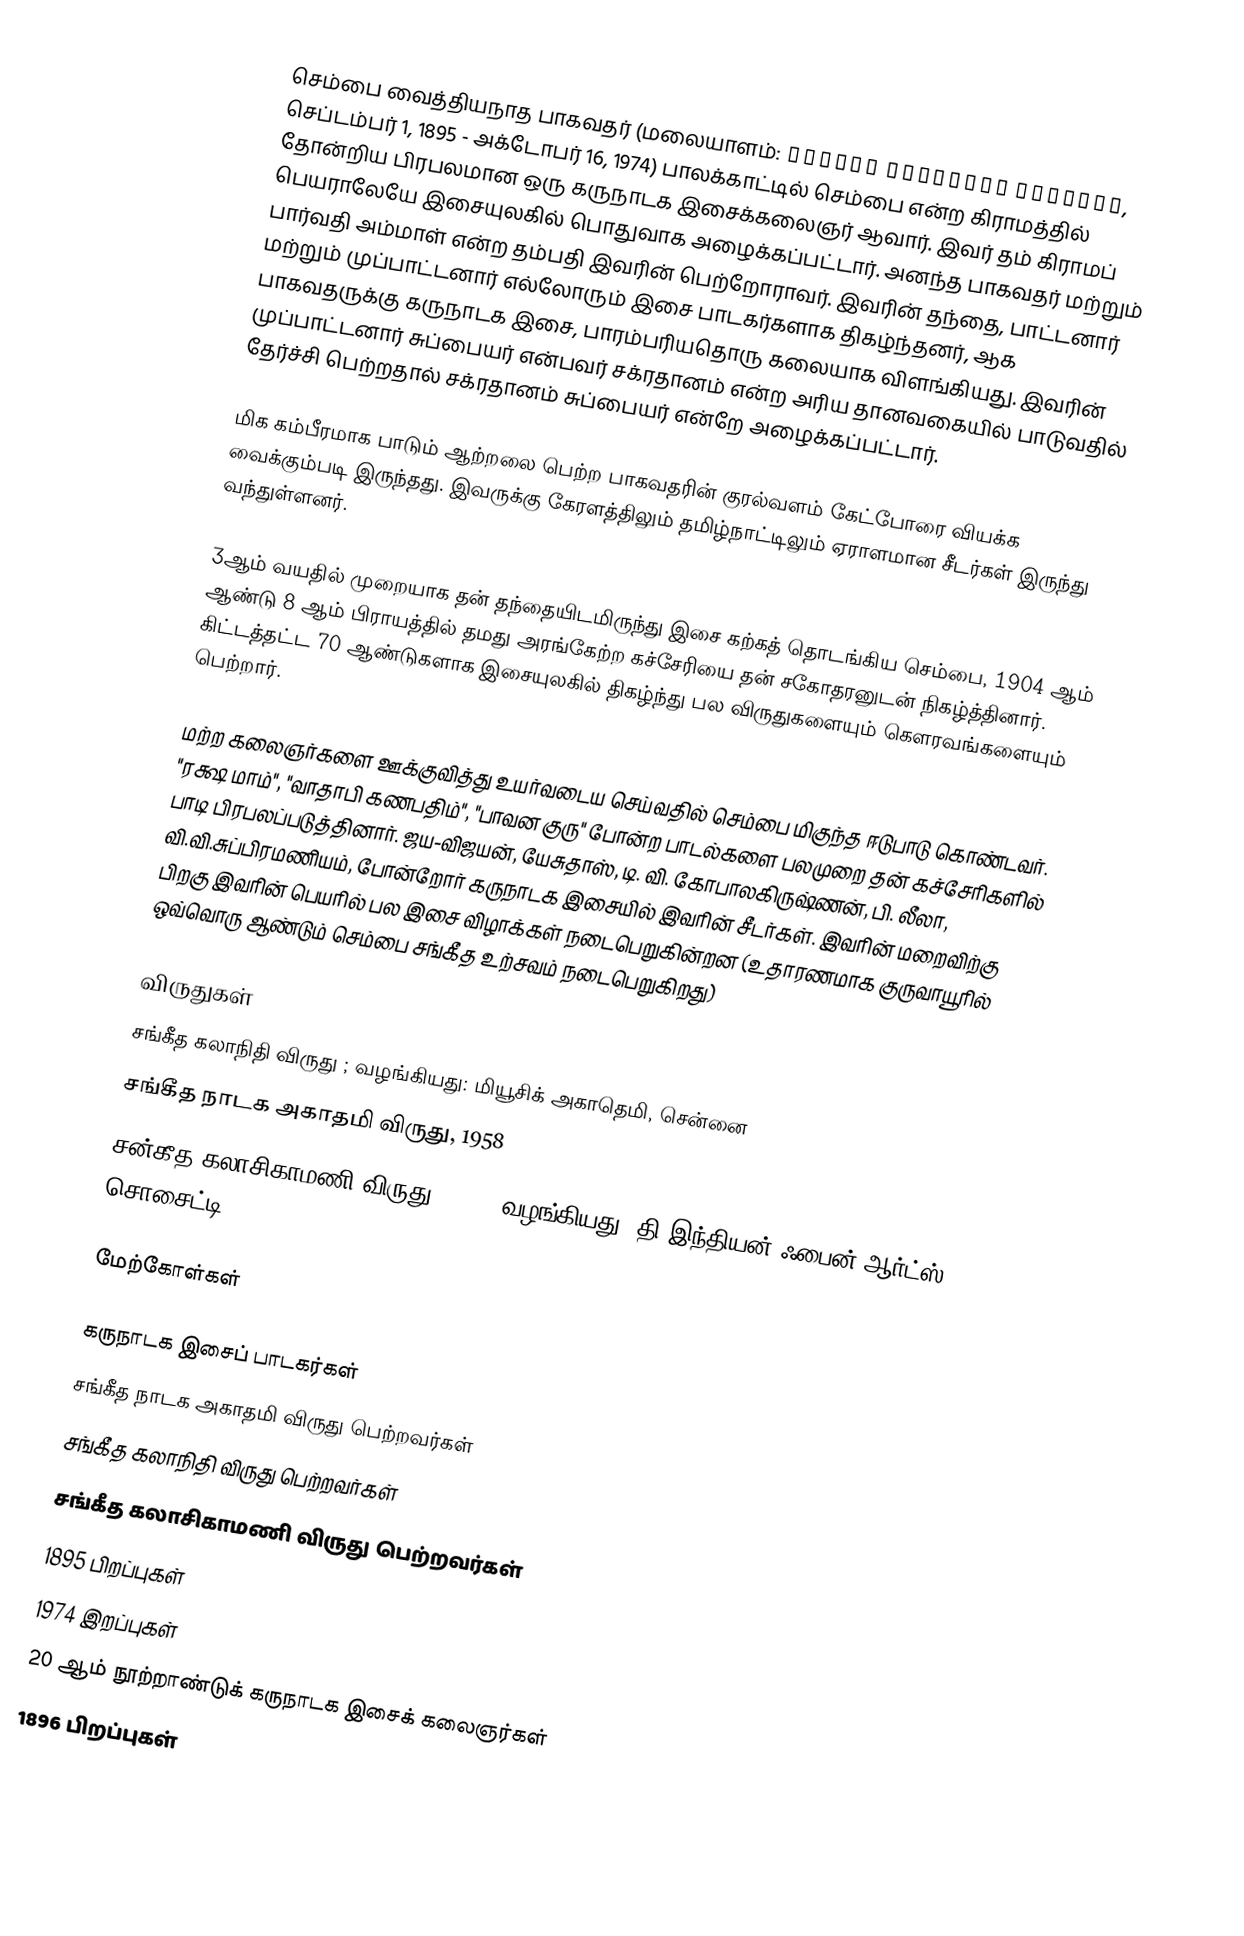
செம்பை வைத்தியநாத பாகவதர் (மலையாளம்: ചെമ്പൈ വൈദ്യനാഥ ഭാഗവതര്, செப்டம்பர் 1, 1895 - அக்டோபர் 16, 1974) பாலக்காட்டில் செம்பை என்ற கிராமத்தில் தோன்றிய பிரபலமான ஒரு கருநாடக இசைக்கலைஞர் ஆவார். இவர் தம் கிராமப் பெயராலேயே இசையுலகில் பொதுவாக அழைக்கப்பட்டார். அனந்த பாகவதர் மற்றும் பார்வதி அம்மாள் என்ற தம்பதி இவரின் பெற்றோராவர். இவரின் தந்தை, பாட்டனார் மற்றும் முப்பாட்டனார் எல்லோரும் இசை பாடகர்களாக திகழ்ந்தனர், ஆக பாகவதருக்கு கருநாடக இசை, பாரம்பரியதொரு கலையாக விளங்கியது. இவரின் முப்பாட்டனார் சுப்பையர் என்பவர் சக்ரதானம் என்ற அரிய தானவகையில் பாடுவதில் தேர்ச்சி பெற்றதால் சக்ரதானம் சுப்பையர் என்றே அழைக்கப்பட்டார்.

மிக கம்பீரமாக பாடும் ஆற்றலை பெற்ற பாகவதரின் குரல்வளம் கேட்போரை வியக்க வைக்கும்படி இருந்தது. இவருக்கு கேரளத்திலும் தமிழ்நாட்டிலும் ஏராளமான சீடர்கள் இருந்து வந்துள்ளனர்.

3ஆம் வயதில் முறையாக தன் தந்தையிடமிருந்து இசை கற்கத் தொடங்கிய செம்பை, 1904 ஆம் ஆண்டு 8 ஆம் பிராயத்தில் தமது அரங்கேற்ற கச்சேரியை தன் சகோதரனுடன் நிகழ்த்தினார். கிட்டத்தட்ட 70 ஆண்டுகளாக இசையுலகில் திகழ்ந்து பல விருதுகளையும் கௌரவங்களையும் பெற்றார்.

மற்ற கலைஞர்களை ஊக்குவித்து உயர்வடைய செய்வதில் செம்பை மிகுந்த ஈடுபாடு கொண்டவர். "ரக்ஷ மாம்", "வாதாபி கணபதிம்", "பாவன குரு" போன்ற பாடல்களை பலமுறை தன் கச்சேரிகளில் பாடி பிரபலப்படுத்தினார். ஜய-விஜயன், யேசுதாஸ், டி. வி. கோபாலகிருஷ்ணன், பி. லீலா, வி.வி.சுப்பிரமணியம், போன்றோர் கருநாடக இசையில் இவரின் சீடர்கள். இவரின் மறைவிற்கு பிறகு இவரின் பெயரில் பல இசை விழாக்கள் நடைபெறுகின்றன (உதாரணமாக குருவாயூரில் ஒவ்வொரு ஆண்டும் செம்பை சங்கீத உற்சவம் நடைபெறுகிறது)

விருதுகள்
 சங்கீத கலாநிதி விருது ; வழங்கியது: மியூசிக் அகாதெமி, சென்னை
 சங்கீத நாடக அகாதமி விருது, 1958
 சன்கீத கலாசிகாமணி விருது, 1964, வழங்கியது: தி இந்தியன் ஃபைன் ஆர்ட்ஸ் சொசைட்டி

மேற்கோள்கள்

கருநாடக இசைப் பாடகர்கள்
சங்கீத நாடக அகாதமி விருது பெற்றவர்கள்
சங்கீத கலாநிதி விருது பெற்றவர்கள்
சங்கீத கலாசிகாமணி விருது பெற்றவர்கள்
1895 பிறப்புகள்
1974 இறப்புகள்
20 ஆம் நூற்றாண்டுக் கருநாடக இசைக் கலைஞர்கள்
1896 பிறப்புகள்